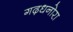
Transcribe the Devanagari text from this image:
गढ़धनोरा